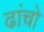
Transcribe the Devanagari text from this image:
ढांचो